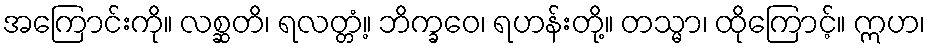
အကြောင်းကို။ လစ္ဆတိ၊ ရလတ္တံ့။ ဘိက္ခဝေ၊ ရဟန်းတို့။ တသ္မာ၊ ထိုကြောင့်။ ဣဟ၊